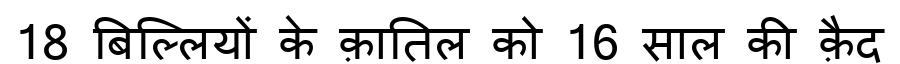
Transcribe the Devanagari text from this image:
18 बिल्लियों के क़ातिल को 16 साल की क़ैद